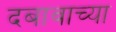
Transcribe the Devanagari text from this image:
दबावाच्या